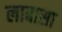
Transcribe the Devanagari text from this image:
लाबासा